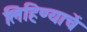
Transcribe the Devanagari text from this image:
लिहिण्याचें